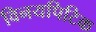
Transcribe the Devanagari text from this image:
विनयपिटिक